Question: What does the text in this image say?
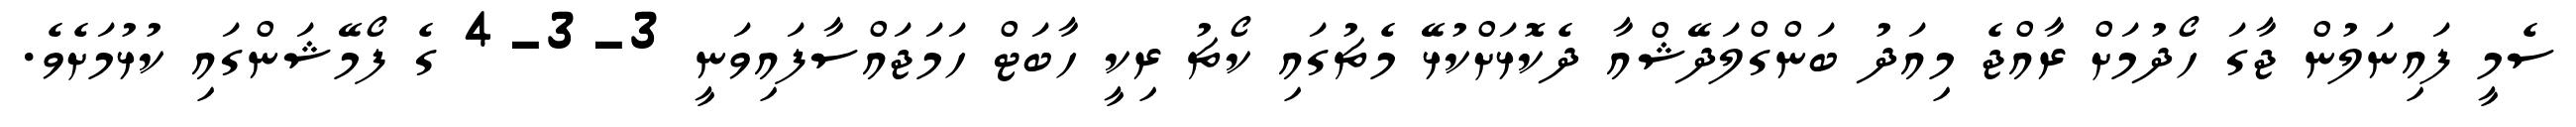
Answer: ސެމީ ފައިނަލުން ޖާގަ ހޯދުމަށް ރާއްޖެ މިއަދު ބަންގްލަދޭޝްއާ ދެކޮޅަށްކުޅޭ މެޗުގައި ކޯޗު ރިކީ ހާބަޓް ހަމަޖައްސާފައިވަނީ 3-3-4 ގެ ފޯމޭޝަންގައި ކުޅުމަށެވެ.